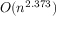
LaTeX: O ( n ^ { 2 . 3 7 3 } )